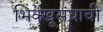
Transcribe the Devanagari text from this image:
भिक्खूसंघाची